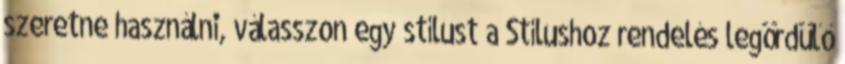
szeretne használni, válasszon egy stílust a Stílushoz rendelés legördülő